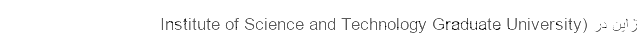
Institute of Science and Technology Graduate University) ژاپن در